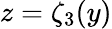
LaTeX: z=\zeta_{3}(y)